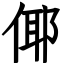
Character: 倻